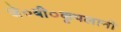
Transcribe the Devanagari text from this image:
जे०बी०कृपलानी